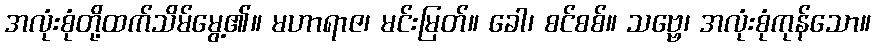
အလုံးစုံတို့ထက်သိမ်မွေ့၏။ မဟာရာဇ၊ မင်းမြတ်။ ခေါ၊ စင်စစ်။ သဗ္ဗေ၊ အလုံးစုံကုန်သော။